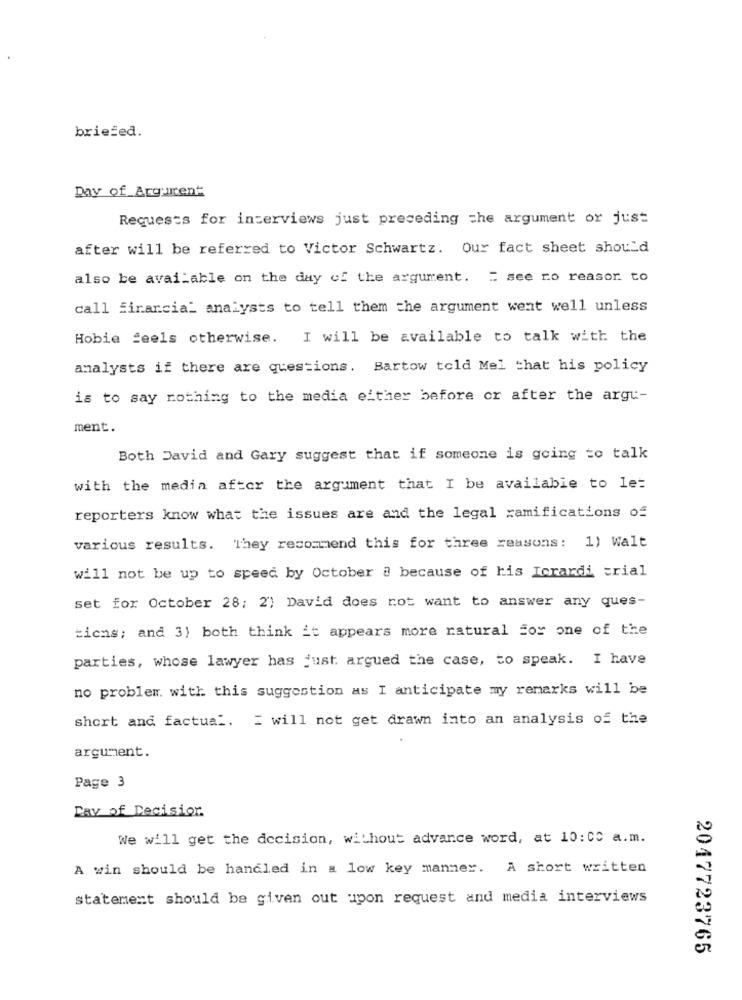
briefed.
Day of Arguurent
Requests for interviews just preceding the argument or just
after will be referred to Victor Schwartz. Our fact sheet should
also be available on the day of the argument. = see ro reasor. to
call financial analysts to tell them the argument went well unless
Hobie feels otherwise. I will be available to talk with the
analysts if there are questions. Bartow told Mel that his policy
is to say nothing to the media either before or after the argu-
ment.
Both David and Gary suggest that if someone is going to talk
with the media after the argument that I be available to let
reporters know what the issues are and the legal ramifications of
various results. They recommend this for three reasons: 1) Walt
will not be up to speed by October @ because of his Icrardi trial
set for October 28; 2) David does not want to answer any ques-
ticas; and 3) both think it appears more natural for one of the
parties, whose lawyer has just argued the case, to speak. I have
no problem. with this suggestion as I anticipate my remarks will be
short and factual. I will not get drawn into an analysis of the
argument.
Page 3
Day of Decision
We will get the decision, without advance word, at 10:00 a.m.
A win should be handled in a low key manner. A short written
statement should be given out upon request and media interviews
2047723765